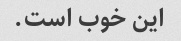
این خوب است.